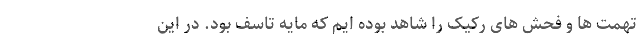
تهمت ها و فحش های رکیک را شاهد بوده ایم که مایه تاسف بود. در این